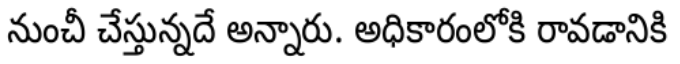
నుంచీ చేస్తున్నదే అన్నారు. అధికారంలోకి రావడానికి